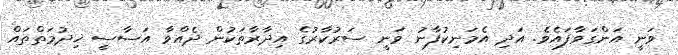
ވަނީ އަންގަވާފައެވެ. އަދި އެމަނިކުފާނު ވަނީ ސަރުކާރުގެ އިދާރާތަކުން ދެއްވާ އަސާސީ ޚިދުމަތްތައް